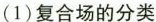
(1)复合场的分类